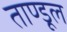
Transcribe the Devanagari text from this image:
ताण्डूल